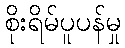
စိုးရိမ်ပူပန်မှု